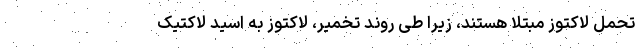
تحمل لاکتوز مبتلا هستند، زیرا طی روند تخمیر، لاکتوز به اسید لاکتیک